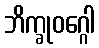
ဘိက္ခုဝဂ္ဂေါ